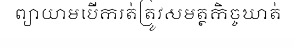
ព្យាយាមបើករត់ត្រូវសមត្ថកិច្ចឃាត់